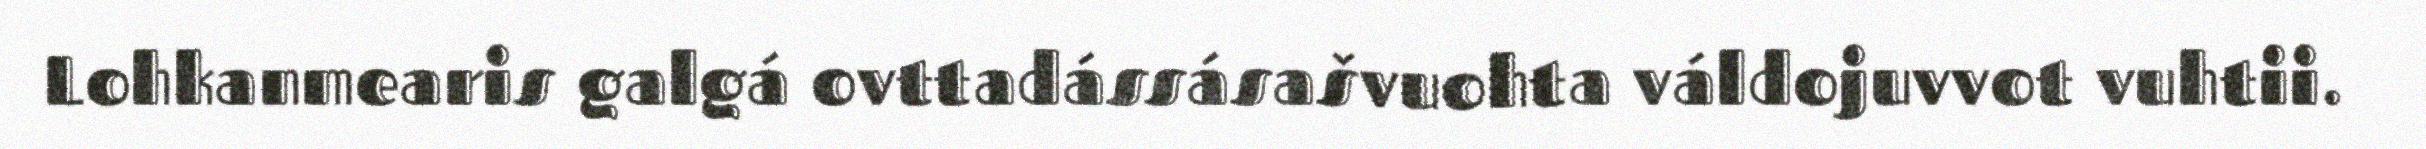
Lohkanmearis galgá ovttadássásašvuohta váldojuvvot vuhtii.